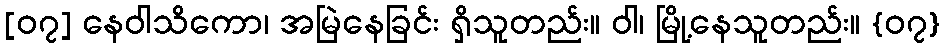
[၀၇] နေဝါသိကော၊ အမြဲနေခြင်း ရှိသူတည်း။ ဝါ၊ မြို့နေသူတည်း။ {၀၇}